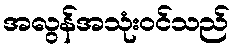
အလွန်အသုံးဝင်သည်